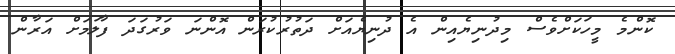
ކޮންމެ މީހަކަށްވެސް މިދުނިޔެއިން އެ ދުނިޔެއަށް ދަތުރުކުރަން އޮންނަ ވަރުގަދަ ފާލަމަށް އަރާން